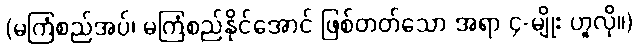
(မကြံစည်အပ်၊ မကြံစည်နိုင်အောင် ဖြစ်တတ်သော အရာ ၄-မျိုး ဟူလို။)